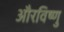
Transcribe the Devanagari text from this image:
औरविष्णु